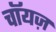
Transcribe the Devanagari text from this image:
चॉयज़